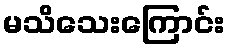
မသိသေးကြောင်း